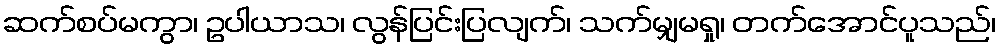
ဆက်စပ်မကွာ၊ ဥပါယာသ၊ လွန်ပြင်းပြလျက်၊ သက်မျှမရှု၊ တက်အောင်ပူသည်၊